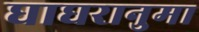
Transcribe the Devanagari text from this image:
घाघरानुमा